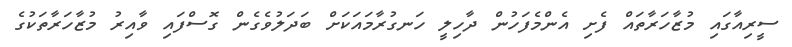
ސީރިއާގައި މުޒާހަރާތައް ފެށި އެންމެފަހުން ދާހިލީ ހަނގުރާމައަކަށް ބަދަލުވެގެން ގޮސްފައި ވާއިރު މުޒާހަރާތަކުގެ